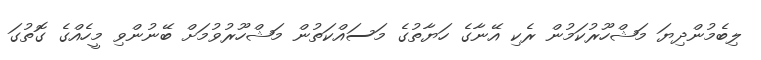
ލިބެމުންދިޔަ މަޝްހޫރުކަމުން ރެކި އޭނާގެ ހަޔާތުގެ މަސައްކަތުން މަޝްހޫރުވުމަށް ބޭނުންވި މީހެއްގެ ގޮތުގަ